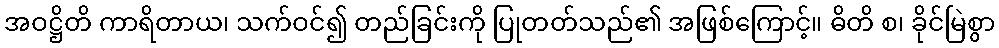
အဝဋ္ဌိတိ ကာရိတာယ၊ သက်ဝင်၍ တည်ခြင်းကို ပြုတတ်သည်၏ အဖြစ်ကြောင့်။ ဓိတိ စ၊ ခိုင်မြဲစွာ